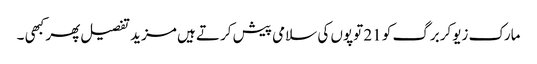
مارک زیوکربرگ کو 21 توپوں کی سلامی پیش کرتے ہیں مزید تفصیل پھر کبھی ۔